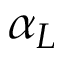
\alpha _ { L }